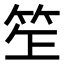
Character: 𥬚